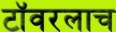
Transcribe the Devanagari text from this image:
टॉवरलाच